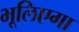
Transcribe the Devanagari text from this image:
भूलिएगा